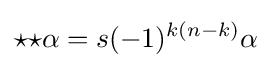
{\star }{\star }\alpha =s(-1)^{k(n-k)}\alpha